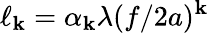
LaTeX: \ell_{\mathbf{k}}=\alpha_{\mathbf{k}}\lambda({f}/{2a})^{\mathbf{k}}